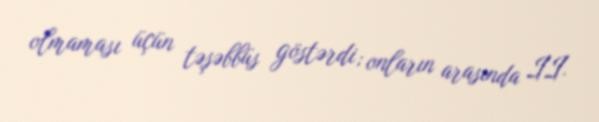
olmaması üçün təşəbbüs göstərdi; onların arasında II.